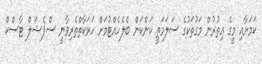
ކަމަށާއި މީގެ އިތުރުން މަގުތަކުގެ ސަލަމަތީ ކަންކަން ބެލެހެއްޓުމަށް ހަރަކާތްތެރިވާނީ ސްޕެޝަލް ޓާސްކް